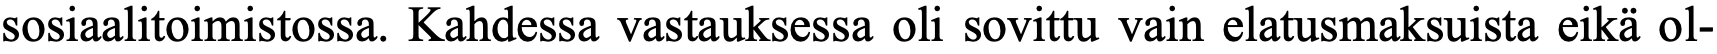
sosiaalitoimistossa. Kahdessa vastauksessa oli sovittu vain elatusmaksuista eikä ol-